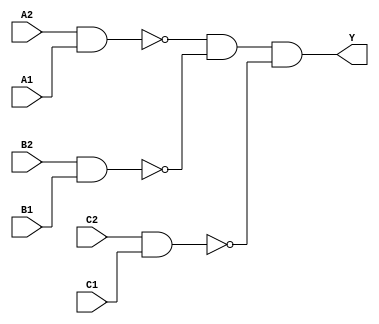
module sky130_fd_sc_hdll__a222oi (
    Y ,
    A1,
    A2,
    B1,
    B2,
    C1,
    C2
);

    // Module ports
    output Y ;
    input  A1;
    input  A2;
    input  B1;
    input  B2;
    input  C1;
    input  C2;

    // Module supplies
    supply1 VPWR;
    supply0 VGND;
    supply1 VPB ;
    supply0 VNB ;

    // Local signals
    wire nand0_out ;
    wire nand1_out ;
    wire nand2_out ;
    wire and0_out_Y;

    //   Name   Output      Other arguments
    nand nand0 (nand0_out , A2, A1                         );
    nand nand1 (nand1_out , B2, B1                         );
    nand nand2 (nand2_out , C2, C1                         );
    and  and0  (and0_out_Y, nand0_out, nand1_out, nand2_out);
    buf  buf0  (Y         , and0_out_Y                     );

endmodule